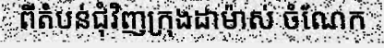
ពីតំបន់ជុំវិញក្រុងដាម៉ាស់ ចំណែក